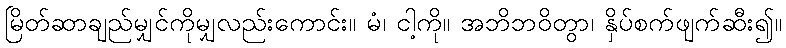
မြိတ်ဆာချည်မျှင်ကိုမျှလည်းကောင်း။ မံ၊ ငါ့ကို။ အဘိဘဝိတွာ၊ နှိပ်စက်ဖျက်ဆီး၍။